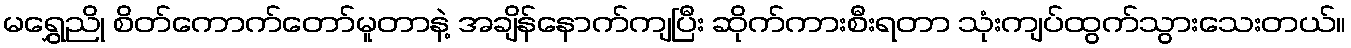
မရွှေညို စိတ်ကောက်တော်မူတာနဲ့ အချိန်နောက်ကျပြီး ဆိုက်ကားစီးရတာ သုံးကျပ်ထွက်သွားသေးတယ်။